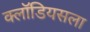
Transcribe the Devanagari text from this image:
क्लॉडियसला